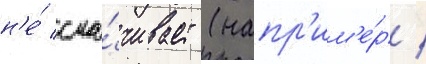
н'е́ сма́чивает (напр'им'е́р /